Madras plague regulations and rules - Volume 2
Disease focus: Plague
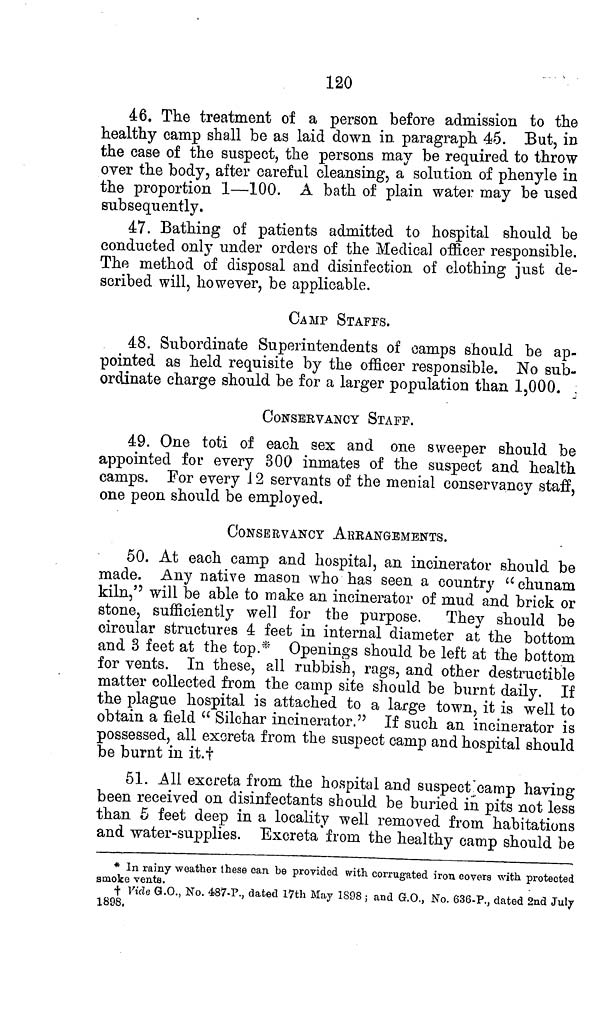
120
46. The treatment of a person before admission to the
healthy camp shall be as laid down in paragraph 45. But, in
the case of the suspect, the persons may be required to throw
over the body, after careful cleansing, a solution of phenyle in
the proportion 1—100. A bath of plain water may be used
subsequently.
47. Bathing of patients admitted to hospital should be
conducted only under orders of the Medical officer responsible.
The method of disposal and disinfection of clothing just de-
scribed will, however, be applicable.
CAMP STAFFS.
48. Subordinate Superintendents of camps should be ap-
pointed as held requisite by the officer responsible. No sub-
ordinate charge should be for a larger population than 1,000.
CONSERVANCY STAFF.
49. One toti of each sex and one sweeper should be
appointed for every 300 inmates of the suspect and health
camps. For every 12 servants of the menial conservancy staff,
one peon should be employed.
CONSERVANCY ARRANGEMENTS.
50. At each camp and hospital, an incinerator should be
made. Any native mason who has seen a country " chunam
kiln," will be able to make an incinerator of mud and brick or
stone, sufficiently well for the purpose. They should be
circular structures 4 feet in internal diameter at the bottom
and 3 feet at the top.* Openings should be left at the bottom
for vents. In these, all rubbish, rags, and other destructible
matter collected from the camp site should be burnt daily. If
the plague hospital is attached to a large town, it is well to
obtain a field "Silchar incinerator." If such an incinerator is
possessed, all excreta from the suspect camp and hospital should
be burnt in it.†
51. All excreta from the hospital and suspect camp having
been received on disinfectants should be buried in pits not less
than 5 feet deep in a locality well removed from habitations
and water-supplies. Excreta from the healthy camp should be
* In rainy weather these can be provided with corrugated iron covers with protected
smoke vents.
† Vide G.O., No. 487-P., dated 17th May 1S98 ; and G.O., No. 636-P., dated 2nd July
1898.